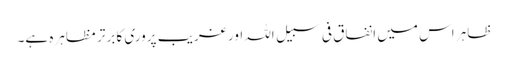
ظاہر اس میں انفاقِ فی سبیل اللہ اور غریب پروری کا برتر مظاہرہ ہے۔